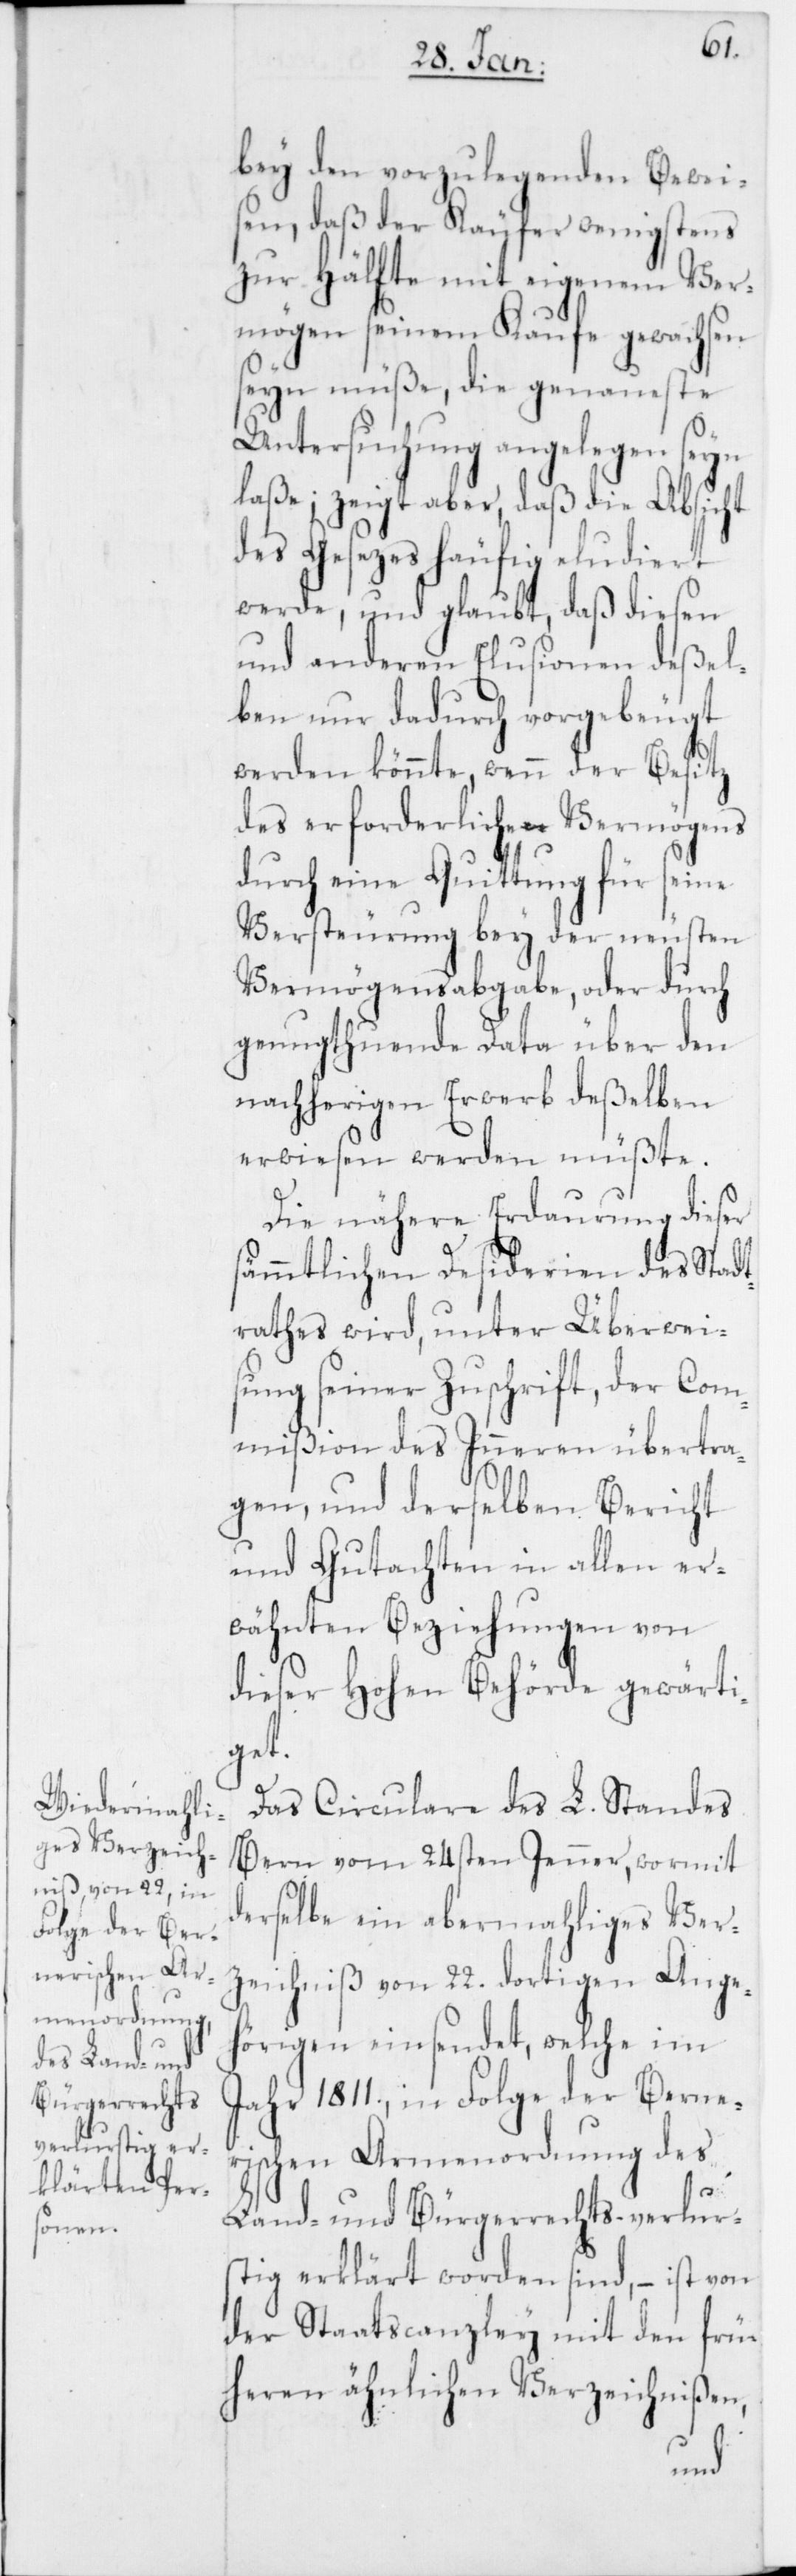
s¬
bey den vorzulegenden Beweis¬
en, daß der Käufer wenigstens
zur Hälfte mit eigenem Ver¬
mögen seinem Kaufe gewachsen
seyn müße, die genaueste
Untersuchung angelegen seyn
laße; zeigt aber, daß die Absicht
des Gesezes häufig eludiert
werde, und glaubt, daß diesen
und anderen Elusionen deßel¬
ben nur dadurch vorgebeugt
werden könnte, wenn der Besitz
des erforderlichen Vermögens
durch eine Quittung für seine
Versteurung bey der neusten
Vermögensabgabe oder durch
genugthuende Data über den
nachherigen Erwerb deßelben
erwiesen werden müßte.
Die nähere Erdaurung dieser
ämmtlichen Desiderien des Stadt¬
rathes wird, unter Überweis¬
ung seiner Zuschrift, der Com¬
mißion des Inneren übertra¬
gen, und derselben Bericht
und Gutachten in allen er¬
wähnten Beziehungen von
dieser Hohen Behörde gewärti¬
get.
Das Circulare des L. Standes
Bern vom 24sten Jenner, wormit
derselbe ein abermahliges Ver¬
zeichniß von 22. dortigen Ange¬
hörigen einsendet, welche im
Jahr 1811., in Folge der Berner¬
ischen Armenordnung des
Land- und Bürgerrechts verlus¬
tig erklärt worden sind, – ist von
der Staatscanzley mit den frü¬
heren ähnlichen Verzeichnißen,